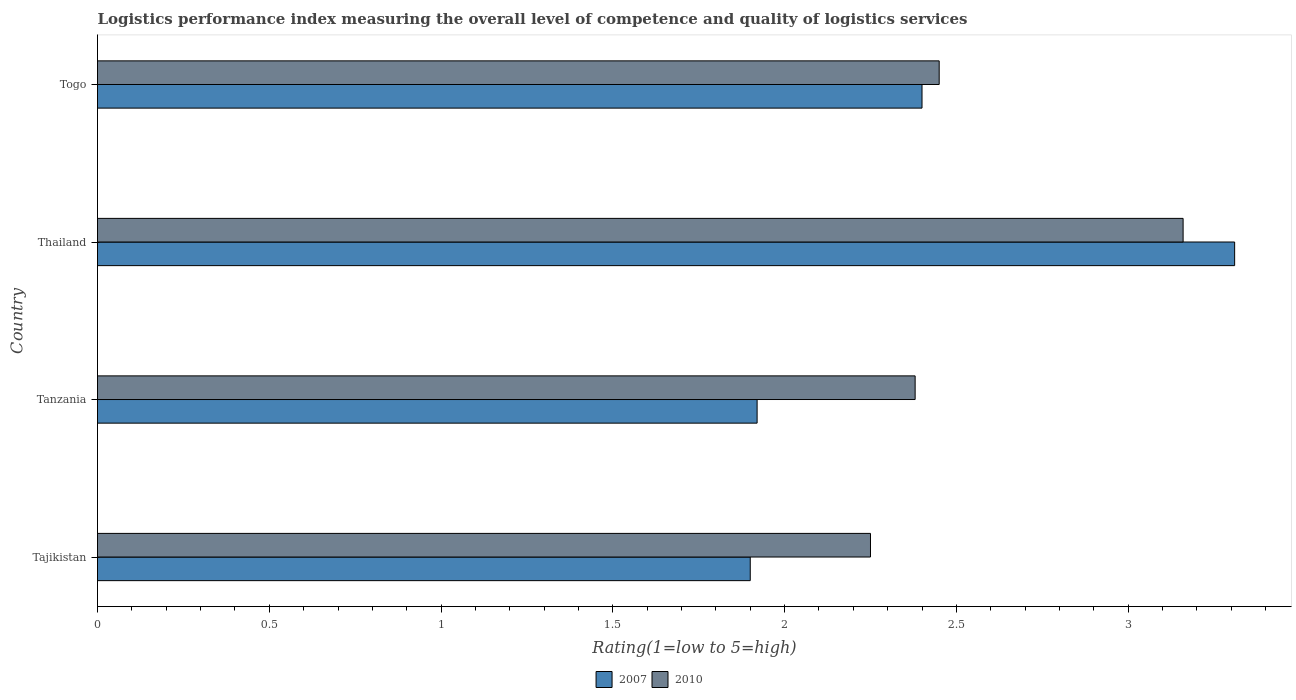
| Country | 2007 | 2010 |
 | --- | --- | --- |
 | Tajikistan | 1.9 | 2.25 |
 | Tanzania | 1.92 | 2.38 |
 | Thailand | 3.31 | 3.16 |
 | Togo | 2.4 | 2.45 |